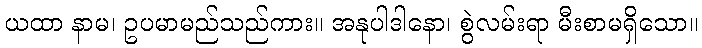
ယထာ နာမ၊ ဥပမာမည်သည်ကား။ အနုပါဒါနော၊ စွဲလမ်းရာ မီးစာမရှိသော။